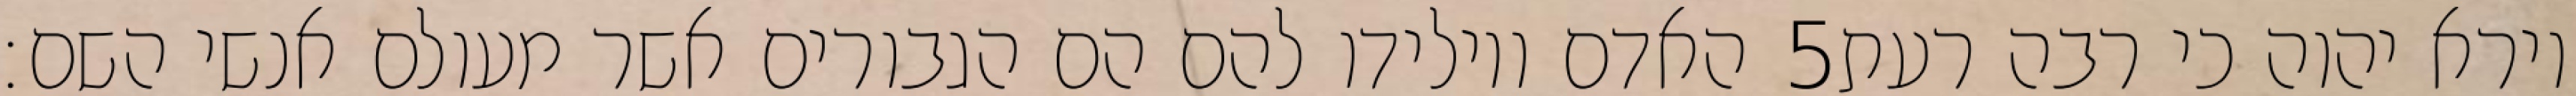
האדם ויולידו להם הם הגבורים אשר מעולם אנשי השם׃ ‎5‏ וירא יהוה כי רבה רעת